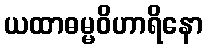
ယထာဓမ္မဝိဟာရိနော